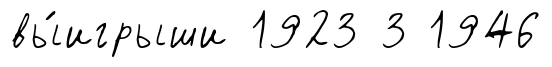
вы́игрыши 1923 3 1946